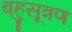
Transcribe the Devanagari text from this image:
बहुसूत्रण